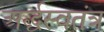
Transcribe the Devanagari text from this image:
अर्द्धस्वतंत्र